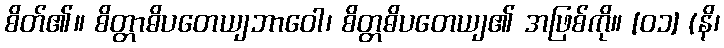
စိတ်၏။ စိတ္တာဓိပတေယျဘာဝေါ၊ စိတ္တဓိပတေယျ၏ အဖြစ်ကို။ [၀၁] (နိ၊